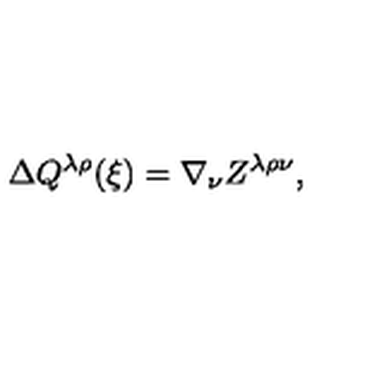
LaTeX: \Delta Q ^ { \lambda \rho } ( \xi ) = \nabla _ { \nu } Z ^ { \lambda \rho \nu } ,